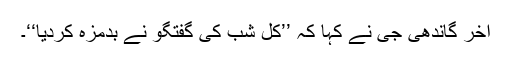
آخر گاندھی جی نے کہا کہ ’’کل شب کی گفتگو نے بدمزہ کردیا‘‘۔